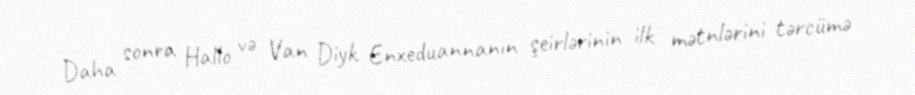
Daha sonra Hallo və Van Diyk Enxeduannanın şeirlərinin ilk mətnlərini tərcümə